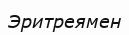
Эритреямен